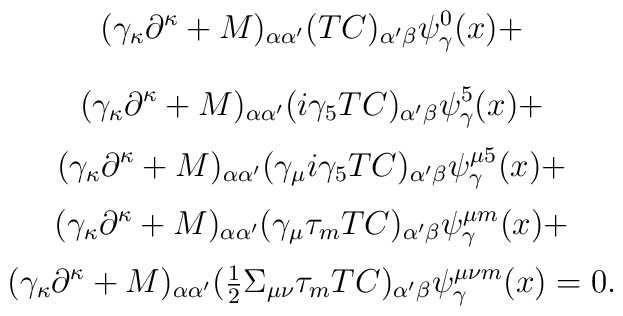
(\gamma_\kappa \partial^\kappa +M)_{\alpha \alpha'} (T C)_{\alpha' \beta}\psi^{0 }_{\gamma}(x) +\] \[(\gamma_\kappa \partial^\kappa +M)_{\alpha \alpha'}(i \gamma_5 T C)_{\alpha' \beta}\psi^{5}_{\gamma}(x)+\] \[(\gamma_\kappa \partial^\kappa +M)_{\alpha \alpha'} ( \gamma_\mu i \gamma_5 T C)_{\alpha' \beta}\psi^{\mu 5}_{\gamma}(x)+\] \[(\gamma_\kappa \partial^\kappa +M)_{\alpha \alpha'}( \gamma_{\mu}\tau_m T C)_{\alpha' \beta}\psi^{\mu m}_{\gamma}(x)+ \] \[(\gamma_\kappa \partial^\kappa +M)_{\alpha \alpha'}(  {\mbox{\small$\frac12$}}\Sigma_{\mu \nu}\tau_m T C )_{\alpha'\beta}\psi^{\mu \nu  m}_{\gamma}(x)=0.